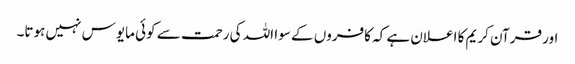
اور قرآن کریم کا اعلان ہے کہ کافروں کے سوا اللہ کی رحمت سے کوئی مایوس نہیں ہوتا۔